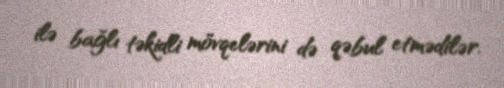
ilə bağlı təkidli mövqelərini də qəbul etmədilər.